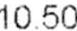
10.50